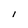
Character: I